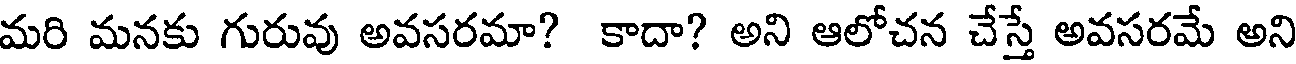
మరి మనకు గురువు అవసరమా? కాదా? అని ఆలోచన చేస్తే అవసరమే అని